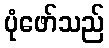
ပုံဖော်သည်